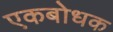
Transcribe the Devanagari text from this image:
एकबोधक